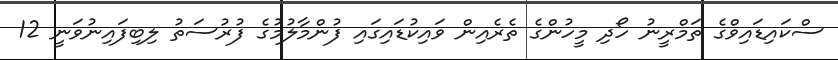
ސްކައިޑައިވްގެ ތަމްރީނު ހޯދި މީހުންގެ ތެރެއިން ވައިކުޑައިގައި ފުންމާލުމުގެ ފުރުސަތު ލިބިފައިނުވަނީ 12